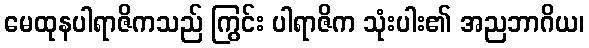
မေထုနပါရာဇိကသည် ကြွင်း ပါရာဇိက သုံးပါး၏ အညဘာဂိယ၊